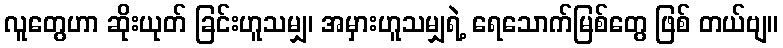
လူတွေဟာ ဆိုးယုတ် ခြင်းဟူသမျှ၊ အမှားဟူသမျှရဲ့ ရေသောက်မြစ်တွေ ဖြစ် တယ်ဗျ။